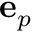
\mathbf { e } _ { p }